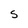
Character: S